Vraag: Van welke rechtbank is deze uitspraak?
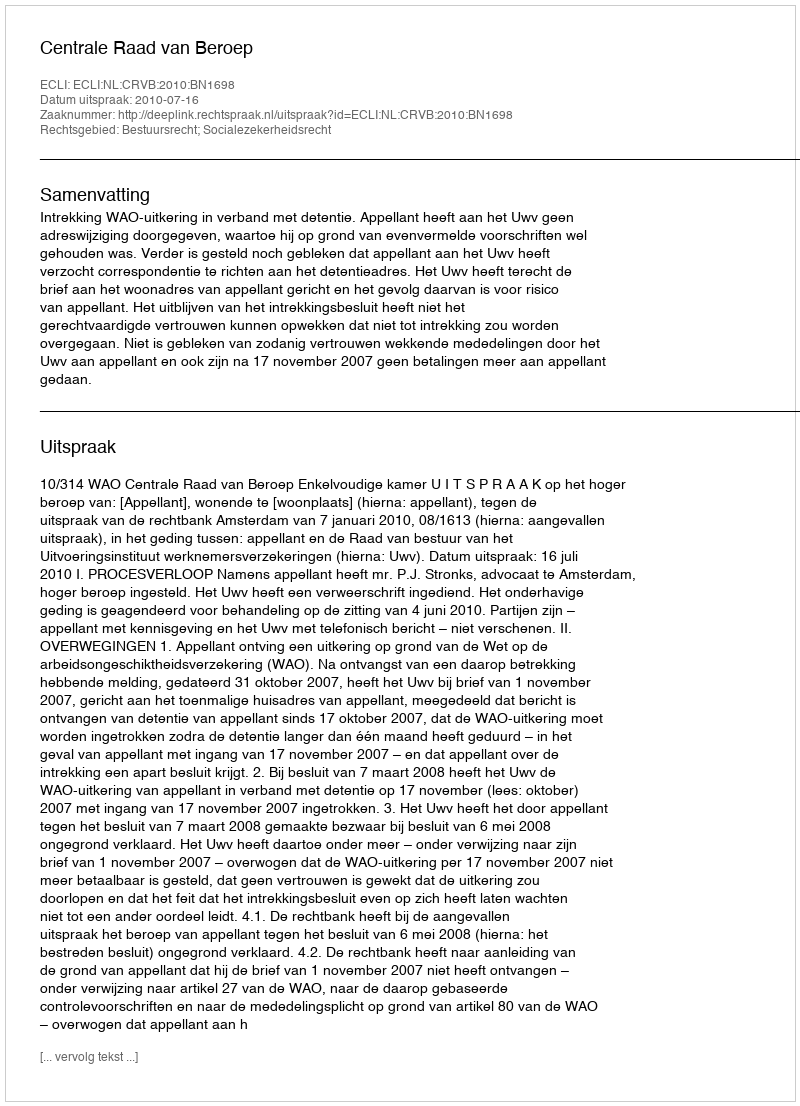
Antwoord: Centrale Raad van Beroep